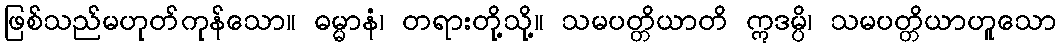
ဖြစ်သည်မဟုတ်ကုန်သော။ ဓမ္မာနံ၊ တရားတို့သို့။ သမပတ္တိယာတိ ဣဒမ္ပိ၊ သမပတ္တိယာဟူသော